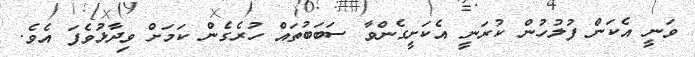
ވަނީ އެކަން ފުލުހުން ކުރަނީ އެކަށީގެންވާ ސަބަބުތައް ހުރެގެން ކަމަށް ވިދާޅުވެފަ އެވެ.